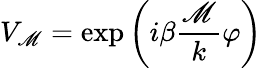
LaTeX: V_{\mathscr{M}}=\exp\left({i\beta}\frac{{\mathscr{M}}}{{k}}\varphi\right)